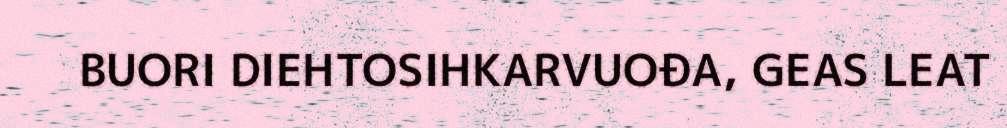
BUORI DIEHTOSIHKARVUOĐA, GEAS LEAT